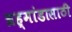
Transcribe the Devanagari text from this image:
ब्रह्मांडासाठी